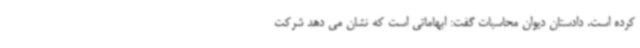
کرده است. دادستان دیوان محاسبات گفت: ابهاماتی است که نشان می دهد شرکت